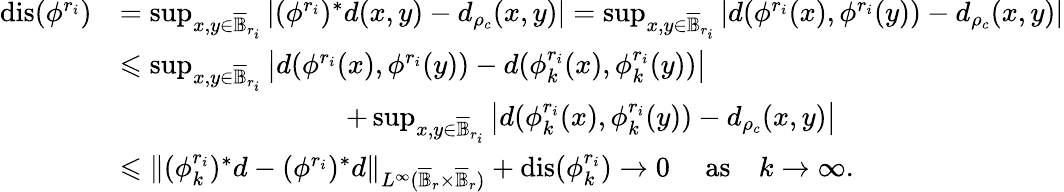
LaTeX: \begin{array}{rl}{\mathrm{dis}(\phi^{r_{i}})}&{=\operatorname*{sup}_{x,y\in\overline{{\mathbb B}}_{r_{i}}}\left\vert(\phi^{r_{i}})^{*}d(x,y)-d_{\rho_{c}}(x,y)\right\vert=\operatorname*{sup}_{x,y\in\overline{{\mathbb B}}_{r_{i}}}\left\vert d(\phi^{r_{i}}(x),\phi^{r_{i}}(y))-d_{\rho_{c}}(x,y)\right\vert}\\ &{\leqslant\operatorname*{sup}_{x,y\in\overline{{\mathbb B}}_{r_{i}}}\left\vert d(\phi^{r_{i}}(x),\phi^{r_{i}}(y))-d(\phi_{k}^{r_{i}}(x),\phi_{k}^{r_{i}}(y))\right\vert}\\ &{\qquad\qquad\qquad\qquad+\operatorname*{sup}_{x,y\in\overline{{\mathbb B}}_{r_{i}}}\left\vert d(\phi_{k}^{r_{i}}(x),\phi_{k}^{r_{i}}(y))-d_{\rho_{c}}(x,y)\right\vert}\\ &{\leqslant\| (\phi_{k}^{r_{i}})^{*}d-(\phi^{r_{i}})^{*}d\| _{L^{\infty}(\overline{{\mathbb B}}_{r}\times\overline{{\mathbb B}}_{r})}+\mathrm{dis}(\phi_{k}^{r_{i}})\to 0\mathrm{\quad~as\quad}k\to\infty.}\end{array}